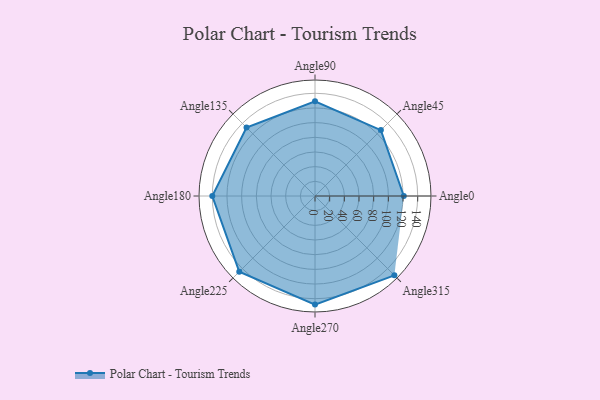
{"axis": {"x": "Angle", "y": "Radius"}, "legend": [""], "data": [{"x": "Angle0", "y": 121.0, "type": ""}, {"x": "Angle45", "y": 127.0, "type": ""}, {"x": "Angle90", "y": 129.0, "type": ""}, {"x": "Angle135", "y": 132.0, "type": ""}, {"x": "Angle180", "y": 140.0, "type": ""}, {"x": "Angle225", "y": 146.0, "type": ""}, {"x": "Angle270", "y": 148.0, "type": ""}, {"x": "Angle315", "y": 153.0, "type": ""}]}